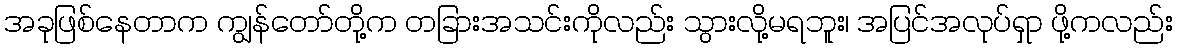
အခုဖြစ်နေတာက ကျွန်တော်တို့က တခြားအသင်းကိုလည်း သွားလို့မရဘူး၊ အပြင်အလုပ်ရှာ ဖို့ကလည်း